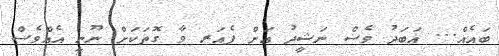
ބައެއް... އަބަދު ވެސް ނަޝީދު އަށް ފެއަރ ވާ ގޮތަކަށް ނޫނީ އެއްވެސް